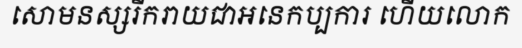
សោមនស្សរីករាយជាអនេកប្បការ ហើយលោក